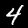
Digit: 4